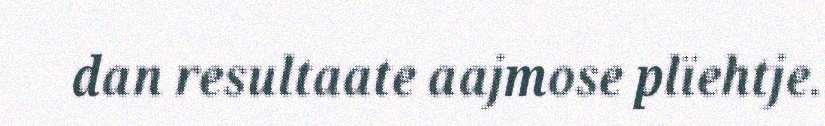
dan resultaate aajmose plïehtje.